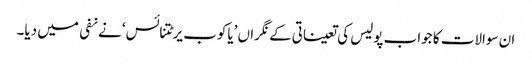
ان سوالات کا جواب پولیس کی تعیناتی کے نگراں ’یاکوب یرٹتنائس‘ نے نفی میں دیا۔